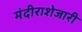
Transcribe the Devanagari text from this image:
मंदीराशेजारी